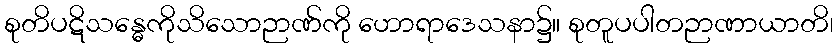
စုတိပဋိသန္ဓေကိုသိသောဉာဏ်ကို ဟောရာဒေသနာ၌။ စုတူပပါတဉာဏာယာတိ၊